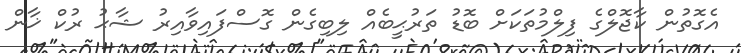
އެގޮތުން ކާޖޮލްގެ ފިލްމުތަކަށް ބޮޑު ތަރުޙީބެއް ލިބިގެން ގޮސްފައިވާއިރު ޝާޙު ރުކް ޚާން